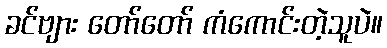
ခင်ဗျား တော်တော် ကံကောင်းတဲ့သူပဲ။